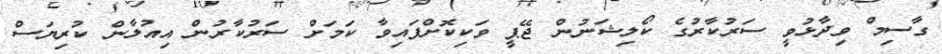
ގާސިމް ވިދާޅުވީ ސަރުކާރުގެ ކޯލިޝަނުން ޖޭޕީ ވަކިކޮށްފައިވާ ކަމަށް ސަރުކާރުން އިއުލާން ކުރިޔަސް